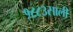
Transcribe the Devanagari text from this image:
१८८३साली